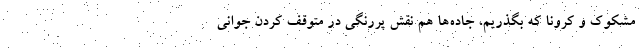
مشکوک و کرونا که بگذریم، جاده‌ها هم نقش پررنگی در متوقف کردن جوانی